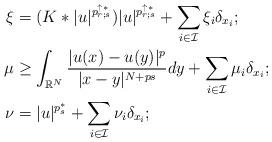
LaTeX: \begin{align*}\xi &=(K\ast |u|^{p_{r;s}^{\uparrow *}}) |u|^{p_{r;s}^{\uparrow *}}+\sum_{i\in \mathcal{I}}\xi_i\delta_{x_i}; \\\mu&\geq \int_{\mathbb{R}^N}\frac{|u(x)-u(y)|^p}{|x-y|^{N+ps}}dy +\sum_{i\in \mathcal{I}}\mu_i \delta_{x_i}; \\\nu &=|u|^{p_s^*}+\sum_{i\in \mathcal{I}}\nu_i\delta_{x_i};\end{align*}